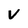
Character: V